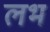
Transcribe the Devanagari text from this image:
लभ